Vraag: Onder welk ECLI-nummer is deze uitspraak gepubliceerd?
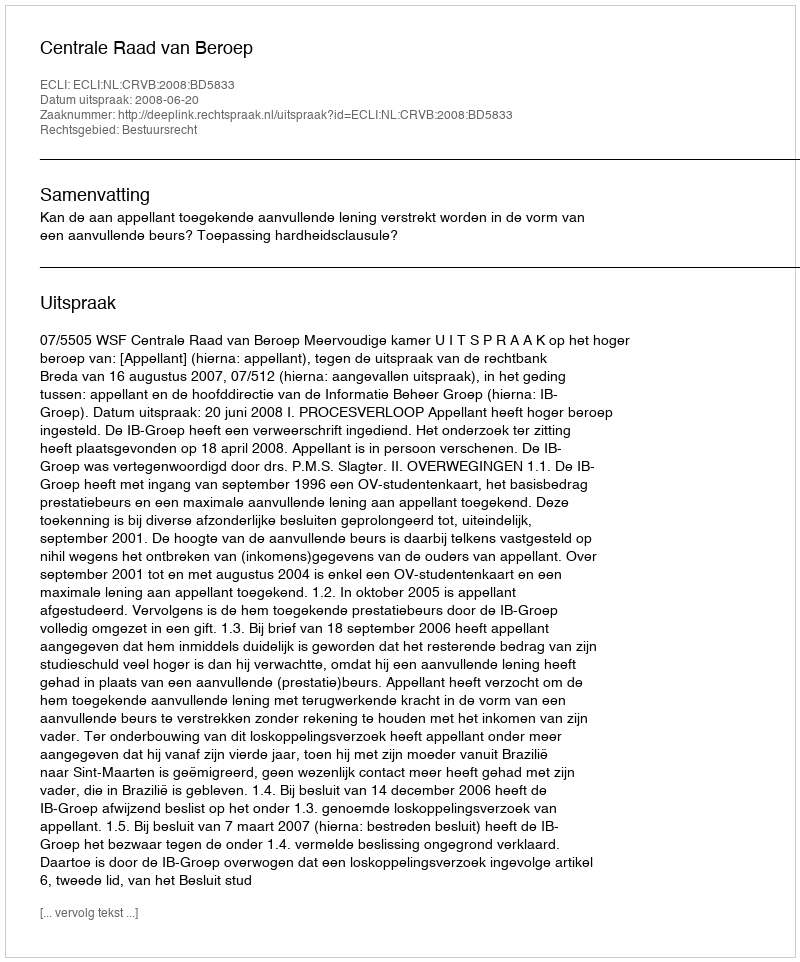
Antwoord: ECLI:NL:CRVB:2008:BD5833